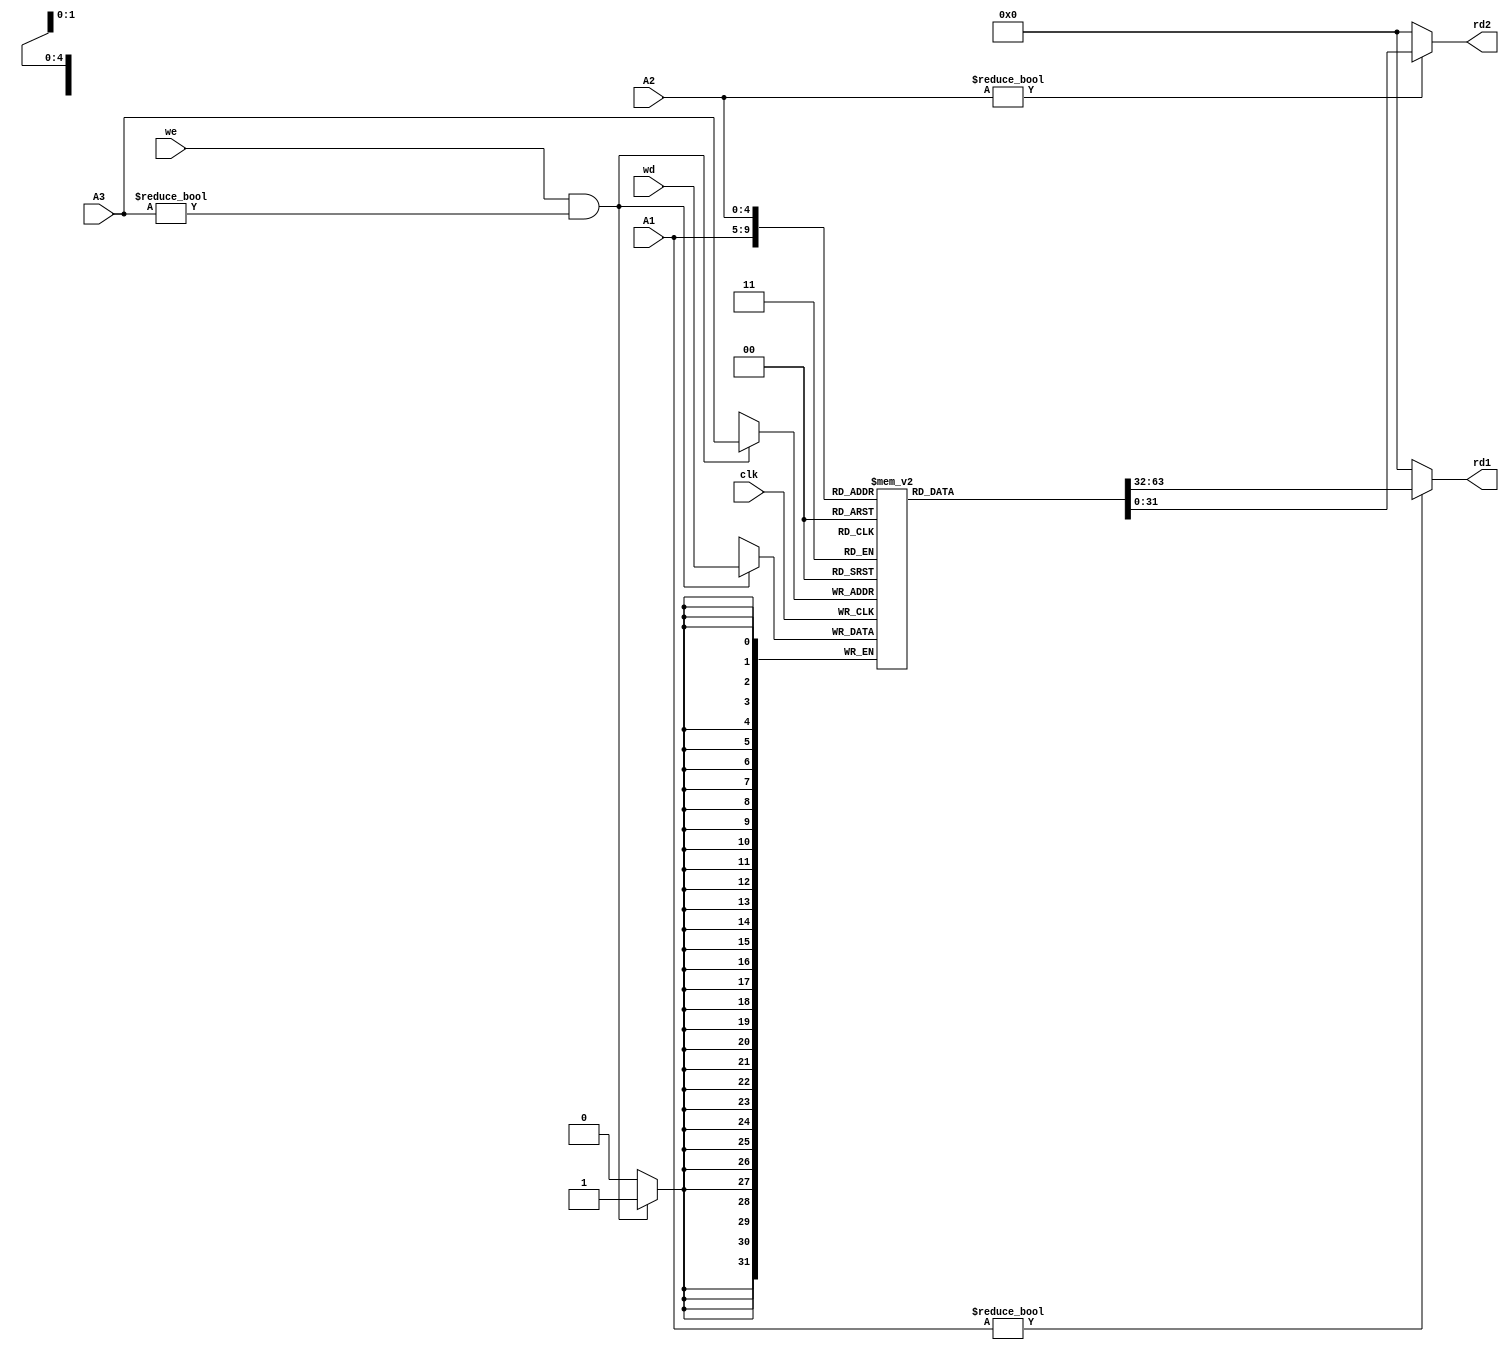
/*
 *  kianv harris multicycle RISC-V rv32ima
 *
 *  copyright (c) 2023 hirosh dabui <hirosh@dabui.de>
 *
 *  permission to use, copy, modify, and/or distribute this software for any
 *  purpose with or without fee is hereby granted, provided that the above
 *  copyright notice and this permission notice appear in all copies.
 *
 *  the software is provided "as is" and the author disclaims all warranties
 *  with regard to this software including all implied warranties of
 *  merchantability and fitness. in no event shall the author be liable for
 *  any special, direct, indirect, or consequential damages or any damages
 *  whatsoever resulting from loss of use, data or profits, whether in an
 *  action of contract, negligence or other tortious action, arising out of
 *  or in connection with the use or performance of this software.
 *
 */
`default_nettype none `timescale 1 ns / 100 ps

module register_file #(
        parameter REGISTER_DEPTH = 32,  // rv32e = 16; rv32i = 32
        parameter STACKADDR = 32'hffff_ffff
    ) (
        input  wire        clk,
        input  wire        we,
        input  wire [ 4:0] A1,
        input  wire [ 4:0] A2,
        input  wire [ 4:0] A3,
        input  wire [31:0] wd,
        output wire [31:0] rd1,
        output wire [31:0] rd2
    );
    reg [31:0] bank0[0:REGISTER_DEPTH -1];
    integer i;

    localparam X2 = 2;
    initial begin
        bank0[10] = 'h00;  // hartid
        bank0[11] = 32'h80_000_000 + ((1024 * 1024 * 32) - 2048);  // 32'h81fffa00;  // dtb
    end


    always @(posedge clk) begin

        if (we && A3 != 0) begin
            bank0[A3] <= wd;
        end
    end

    assign rd1 = A1 != 0 ? bank0[A1] : 32'b0;
    assign rd2 = A2 != 0 ? bank0[A2] : 32'b0;

endmodule